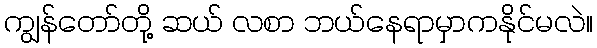
ကျွန်တော်တို့ ဆယ် လစာ ဘယ်နေရာမှာကနိုင်မလဲ။